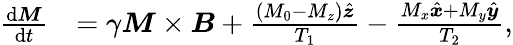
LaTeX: \begin{array}{rl}{\frac{\mathrm{d}\boldsymbol{M}}{\mathrm{d}t}}&{=\gamma\boldsymbol{M}\times\boldsymbol{B}+\frac{\left(M_{0}-M_{z}\right)\hat{\boldsymbol{z}}}{T_{1}}-\frac{M_{x}\hat{\boldsymbol{x}}+M_{y}\hat{\boldsymbol{y}}}{T_{2}},}\end{array}